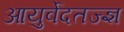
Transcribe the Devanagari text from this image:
आयुर्वेदतज्ज्ञ